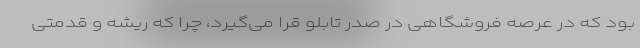
بود که در عرصه فروشگاهی در صدر تابلو قرا می‌گیرد، چرا که ریشه و قدمتی